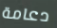
دعامة